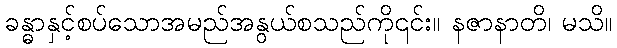
ခန္ဓာနှင့်စပ်သောအမည်အနွယ်စသည်ကို၎င်း။ နဇာနာတိ၊ မသိ။